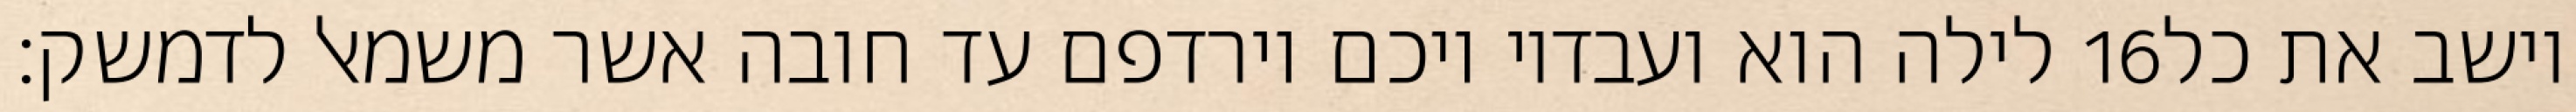
לילה הוא ועבדיו ויכם וירדפם עד חובה אשר משמאל לדמשק׃ ‎16‏ וישב את כל